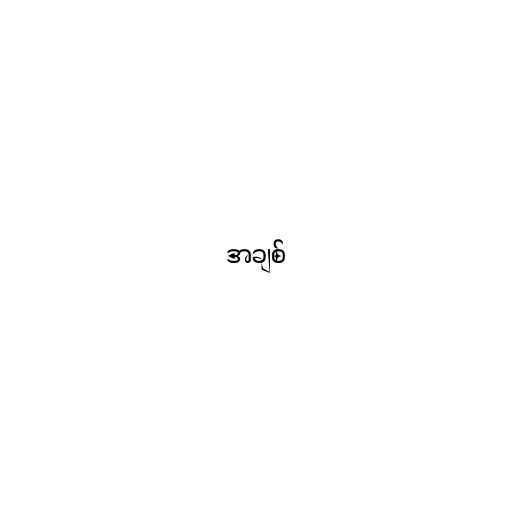
အချစ်